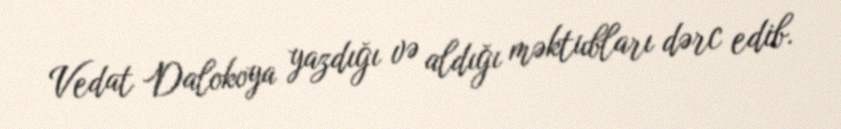
Vedat Dalokoya yazdığı və aldığı məktubları dərc edib.